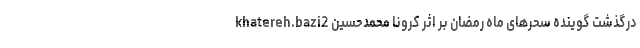
khatereh.bazi2 درگذشت گوینده سحرهای ماه رمضان بر اثر کرونا محمدحسین